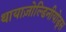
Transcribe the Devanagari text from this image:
थायाज़ोल्डिनीयोड्स